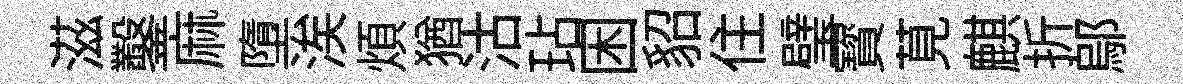
滋鑿麻墮涘煩猶沽玷困貂住璧寳莧麒折鄔